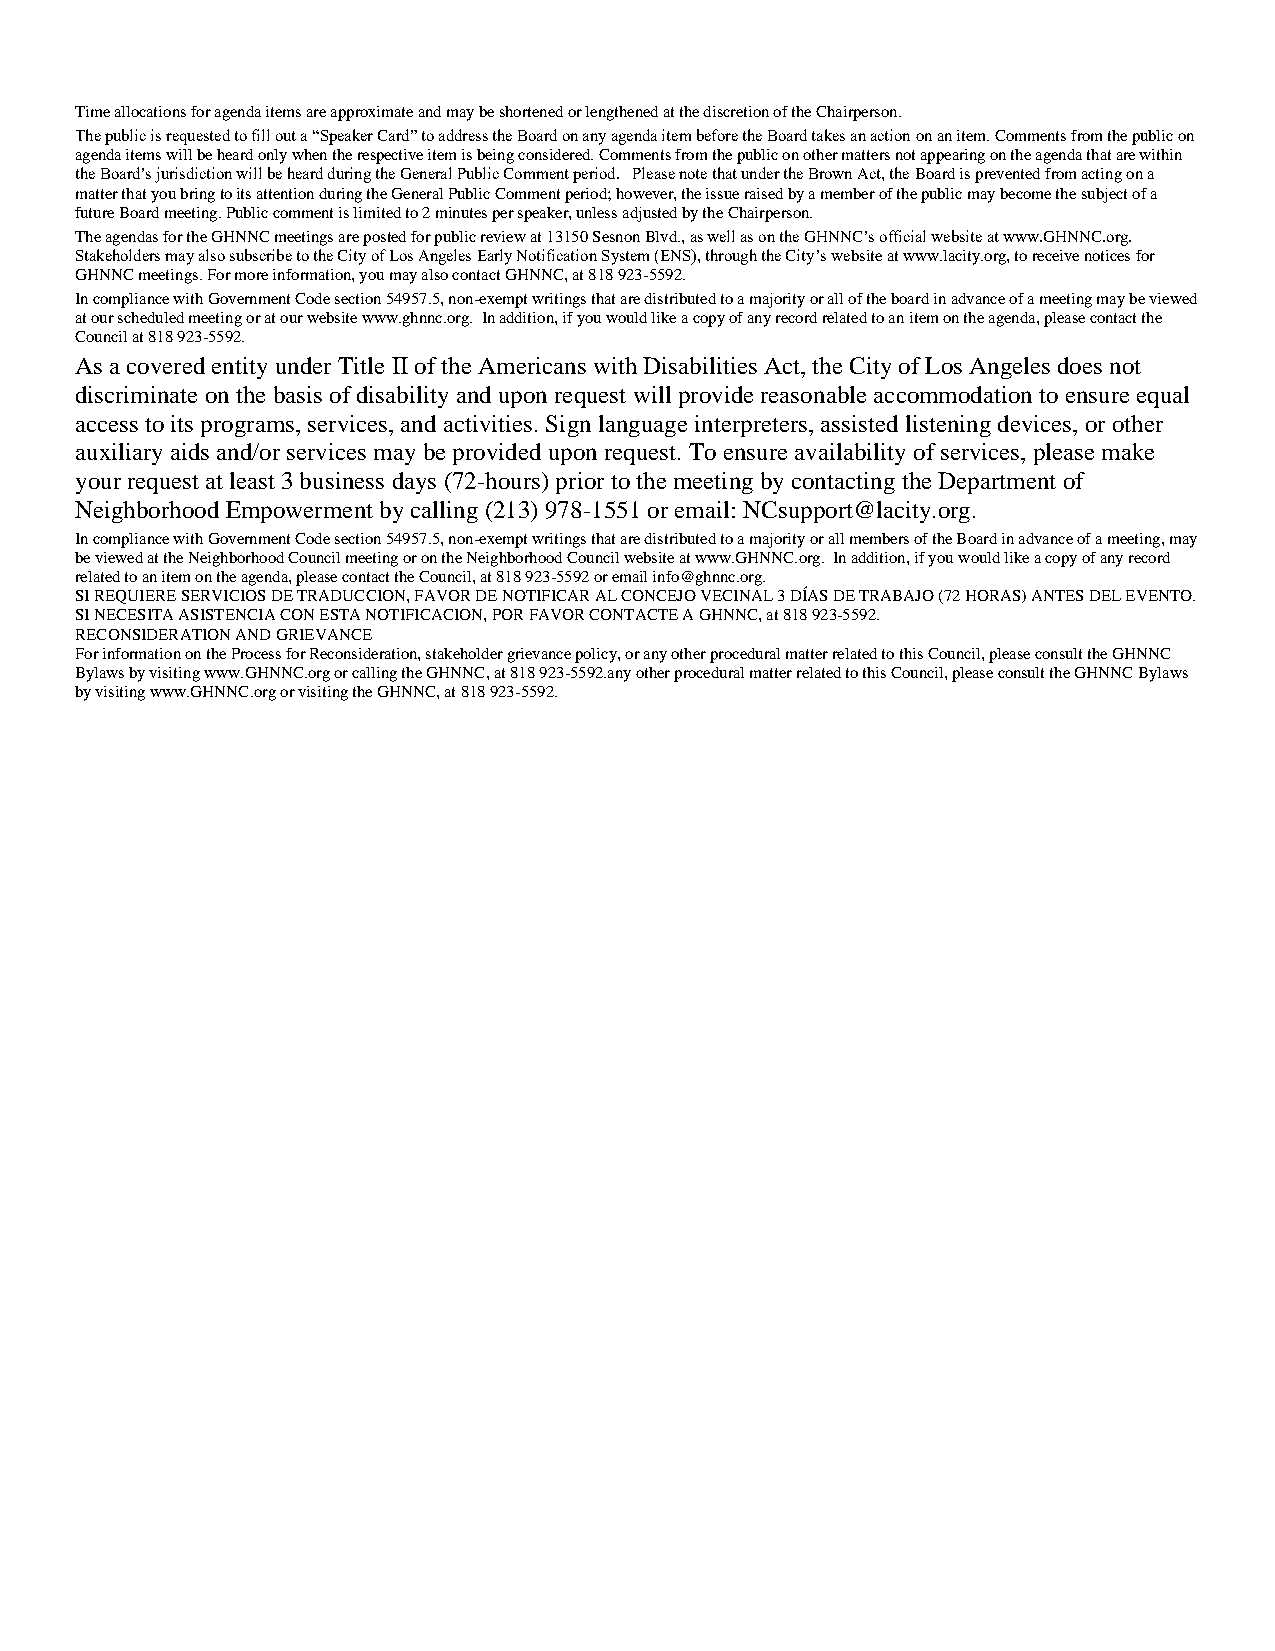
Time allocations for agenda items are approximate and may be shortened or lengthened at the discretion of the Chairperson.
 The public is requested to fill out a “Speaker Card” to address the Board on any agenda item before the Board takes an action on an item. Comments from the public on
 agenda items will be heard only when the respective item is being considered. Comments from the public on other matters not appearing on the agenda that are within
 the Board’s jurisdiction will be heard during the General Public Comment period. Please note that under the Brown Act, the Board is prevented from acting on a
 matter that you bring to its attention during the General Public Comment period; however, the issue raised by a member of the public may become the subject of a
 future Board meeting. Public comment is limited to 2 minutes per speaker, unless adjusted by the Chairperson.
 The agendas for the GHNNC meetings are posted for public review at 13150 Sesnon Blvd., as well as on the GHNNC’s official website at www.GHNNC.org.
 Stakeholders may also subscribe to the City of Los Angeles Early Notification System (ENS), through the City’s website at www.lacity.org, to receive notices for
 GHNNC meetings. For more information, you may also contact GHNNC, at 818 923-5592.
 In compliance with Government Code section 54957.5, non-exempt writings that are distributed to a majority or all of the board in advance of a meeting may be viewed
 at our scheduled meeting or at our website www.ghnnc.org. In addition, if you would like a copy of any record related to an item on the agenda, please contact the
 Council at 818 923-5592.
 As a covered entity under Title II of the Americans with Disabilities Act, the City of Los Angeles does not
 discriminate on the basis of disability and upon request will provide reasonable accommodation to ensure equal
 access to its programs, services, and activities. Sign language interpreters, assisted listening devices, or other
 auxiliary aids and/or services may be provided upon request. To ensure availability of services, please make
 your request at least 3 business days (72-hours) prior to the meeting by contacting the Department of
 Neighborhood Empowerment by calling (213) 978-1551 or email: NCsupport@lacity.org.
 In compliance with Government Code section 54957.5, non-exempt writings that are distributed to a majority or all members of the Board in advance of a meeting, may
 be viewed at the Neighborhood Council meeting or on the Neighborhood Council website at www.GHNNC.org. In addition, if you would like a copy of any record
 related to an item on the agenda, please contact the Council, at 818 923-5592 or email info@ghnnc.org.
 SI REQUIERE SERVICIOS DE TRADUCCION, FAVOR DE NOTIFICAR AL CONCEJO VECINAL 3 DÍAS DE TRABAJO (72 HORAS) ANTES DEL EVENTO.
 SI NECESITA ASISTENCIA CON ESTA NOTIFICACION, POR FAVOR CONTACTE A GHNNC, at 818 923-5592.
 RECONSIDERATION AND GRIEVANCE
 For information on the Process for Reconsideration, stakeholder grievance policy, or any other procedural matter related to this Council, please consult the GHNNC
 Bylaws by visiting www.GHNNC.org or calling the GHNNC, at 818 923-5592.any other procedural matter related to this Council, please consult the GHNNC Bylaws
 by visiting www.GHNNC.org or visiting the GHNNC, at 818 923-5592.